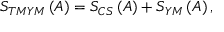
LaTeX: S _ { T M Y M } \left( A \right) = S _ { C S } \left( A \right) + S _ { Y M } \left( A \right) ,